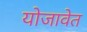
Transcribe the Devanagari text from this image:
योजावेत